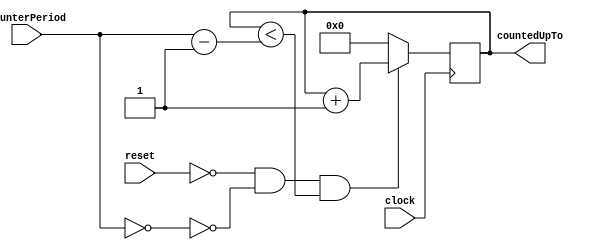
`timescale 1ns / 1ps
//////////////////////////////////////////////////////////////////////////////////
// Company: 
// Engineer: 
// 
// Design Name: 
// Module Name: counterUp_32bit
// Project Name: 
// Target Devices: 
// Tool Versions: 
// Description: 
// 
// Dependencies: 
// 
// Revision:
// Revision 0.01 - File Created
// Additional Comments:
// 
//////////////////////////////////////////////////////////////////////////////////


module counterUp_32bit( //counter_up( clk, counterPeriod, countedUpTo )
    input clock, reset,
    input [31:0] counterPeriod,
    output [31:0] countedUpTo
    );
   
    reg [31:0] countedUpTo_reg;
    
//    initial begin
//        countedUpTo_reg <= 0;
//    end
    initial
    countedUpTo_reg <=0;
    
//  always@(posedge clk or negedge clk)
    always@(posedge clock) begin
        if ( !reset && !(counterPeriod == 32'd0 ) && ( countedUpTo_reg < ( counterPeriod - 1) ) ) 
            countedUpTo_reg <= countedUpTo_reg + 1;
        else
            countedUpTo_reg <= 0; 
    end
    
 assign countedUpTo = countedUpTo_reg;
endmodule